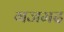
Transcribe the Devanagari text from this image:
गजमद